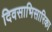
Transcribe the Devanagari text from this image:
दिवसाभिसारिका